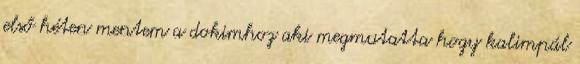
első héten mentem a dokimhoz aki megmutatta hogy kalimpál